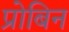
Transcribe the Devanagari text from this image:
प्रोबिन